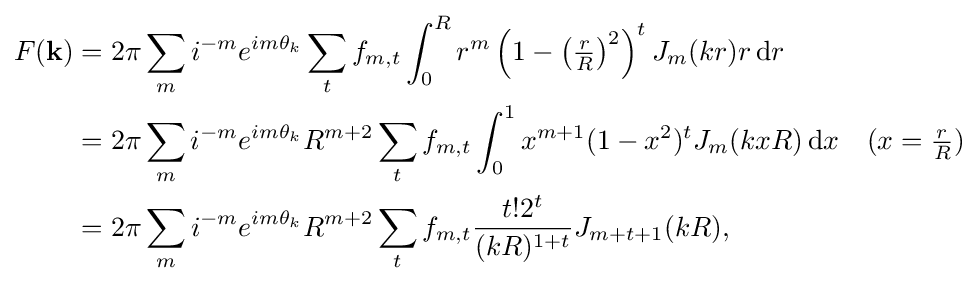
{\begin{aligned}F(\mathbf {k} )&=2\pi \sum _{m}i^{-m}e^{im\theta _{k}}\sum _{t}f_{m,t}\int _{0}^{R}r^{m}\left(1-\left({\tfrac {r}{R}}\right)^{2}\right)^{t}J_{m}(kr)r\,\mathrm {d} r&&\\&=2\pi \sum _{m}i^{-m}e^{im\theta _{k}}R^{m+2}\sum _{t}f_{m,t}\int _{0}^{1}x^{m+1}(1-x^{2})^{t}J_{m}(kxR)\,\mathrm {d} x&&(x={\tfrac {r}{R}})\\&=2\pi \sum _{m}i^{-m}e^{im\theta _{k}}R^{m+2}\sum _{t}f_{m,t}{\frac {t!2^{t}}{(kR)^{1+t}}}J_{m+t+1}(kR),\end{aligned}}